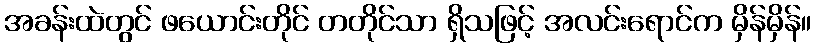
အခန်းထဲတွင် ဖယောင်းတိုင် တတိုင်သာ ရှိသဖြင့် အလင်းရောင်က မှိန်မှိန်။